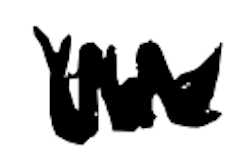
Text: the
Cross-out: zig-zag
Writing tool: digital_black